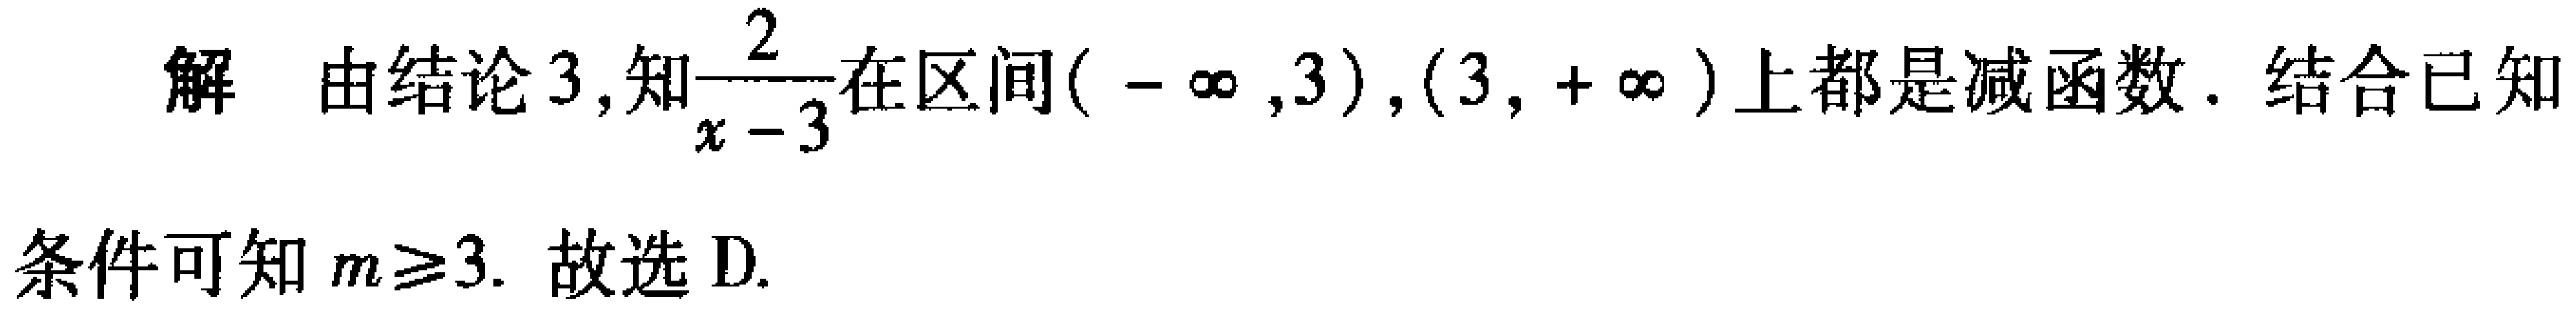
解 由结论 3,知$\frac{2}{x - 3}$在区间$(-\infty,3),(3,+\infty)$上都是减函数. 结合已知条件可知$m\geq3$. 故选 D.